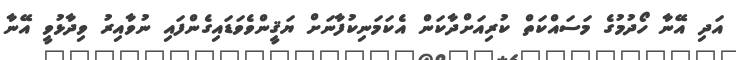
އަދި އޭނާ ހޯދުމުގެ މަސައްކަތް ކުރިއަށްދާކަން އެކަމަނިކުފާނަށް ޔަޤީންވެވަޑައިގެންފައި ނުވާއިރު ވިދާޅުވީ އޭނާ